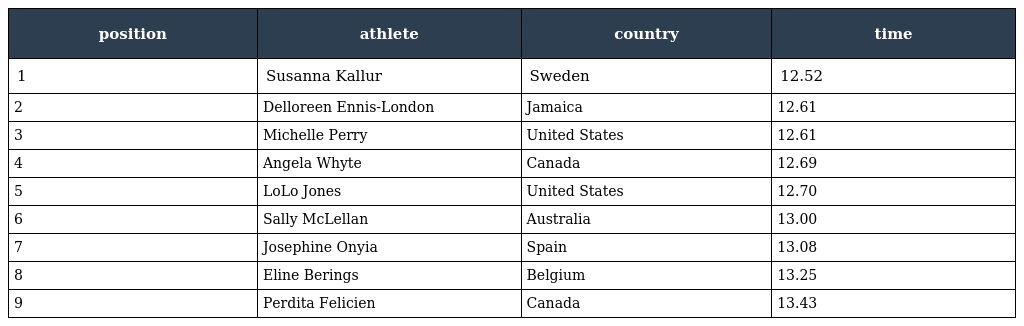
| position | athlete | country | time |
 | --- | --- | --- | --- |
 | 1 | Susanna Kallur | Sweden | 12.52 |
 | 2 | Delloreen Ennis-London | Jamaica | 12.61 |
 | 3 | Michelle Perry | United States | 12.61 |
 | 4 | Angela Whyte | Canada | 12.69 |
 | 5 | LoLo Jones | United States | 12.70 |
 | 6 | Sally McLellan | Australia | 13.00 |
 | 7 | Josephine Onyia | Spain | 13.08 |
 | 8 | Eline Berings | Belgium | 13.25 |
 | 9 | Perdita Felicien | Canada | 13.43 |